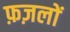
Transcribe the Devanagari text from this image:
फ़ज़लों